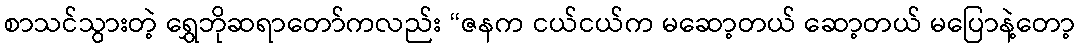
စာသင်သွားတဲ့ ရွှေဘိုဆရာတော်ကလည်း “ဇနက ငယ်ငယ်က မဆော့တယ် ဆော့တယ် မပြောနဲ့တော့